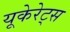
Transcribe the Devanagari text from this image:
यूकेरेट्स